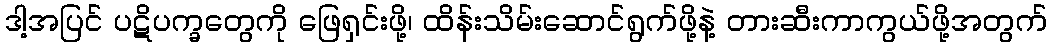
ဒါ့အပြင် ပဋိပက္ခတွေကို ဖြေရှင်းဖို့၊ ထိန်းသိမ်းဆောင်ရွက်ဖို့နဲ့ တားဆီးကာကွယ်ဖို့အတွက်